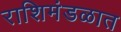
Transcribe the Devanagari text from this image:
राशिमंडळात